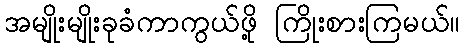
အမျိုးမျိုးခုခံကာကွယ်ဖို့ ကြိုးစားကြမယ်။